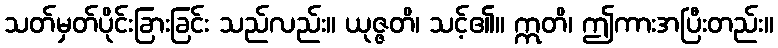
သတ်မှတ်ပိုင်းခြားခြင်း သည်လည်း။ ယုဇ္ဇတိ၊ သင့်၏။ ဣတိ၊ ဤကားအပြီးတည်း။